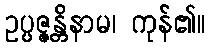
ဥပ္ပဇ္ဇန္တိနာမ၊ ကုန်၏။